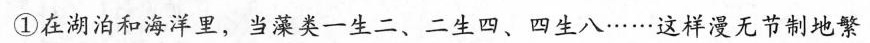
①在湖泊和海洋里，当藻类一生二、二生四、四生八……这样漫无节制地繁